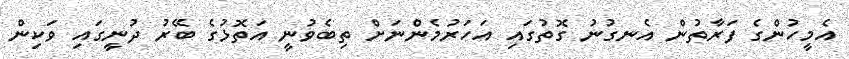
އެމީހުންގެ ފަރާތުން އެނގުނު ގޮތުގައި އަހަރުމެންނަށް ތިބެވުނީ އަތޮޅުގެ ބޭރު ދުނީގައި ވަކިން